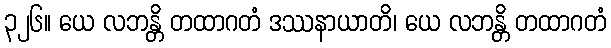
၃၂၆။ ယေ လဘန္တိ တထာဂတံ ဒဿနာယာတိ၊ ယေ လဘန္တိ တထာဂတံ